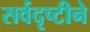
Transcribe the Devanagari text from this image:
सर्वदृष्टीने